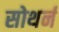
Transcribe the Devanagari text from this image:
सोथर्न